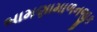
બામણામાળનજીક